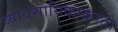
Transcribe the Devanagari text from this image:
व्यावसायिकांकरता